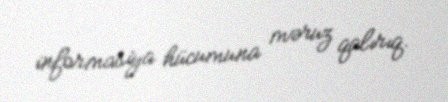
informasiya hücumuna məruz qalırıq.